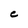
Character: c